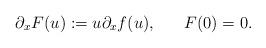
LaTeX: \begin{align*}\partial_xF(u):=u\partial_xf(u),\;\;\;\;\;\;F(0)=0.\end{align*}